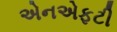
એનએફટી